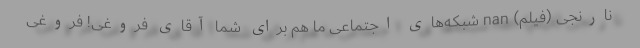
نارنجی (فیلم) nan شبکه‌های اجتماعی ما هم برای شما آقای فروغی! فروغی